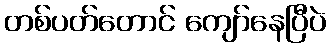
တစ်ပတ်တောင် ကျော်နေပြီပဲ